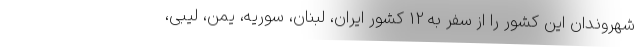
شهروندان این کشور را از سفر به 12 کشور ایران، لبنان، سوریه، یمن، لیبی،